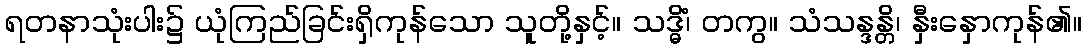
ရတနာသုံးပါး၌ ယုံကြည်ခြင်းရှိကုန်သော သူတို့နှင့်။ သဒ္ဓိံ၊ တကွ။ သံသန္ဒန္တိ၊ နှီးနှောကုန်၏။